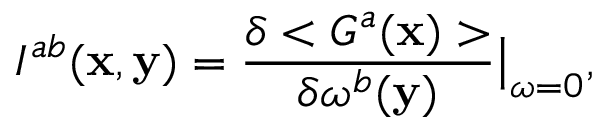
{ \cal I } ^ { a b } ( { \bf x } , { \bf y } ) = \frac { \delta < { \cal G } ^ { a } ( { \bf x } ) > } { \delta \omega ^ { b } ( { \bf y } ) } \big \vert _ { \omega = 0 } ,